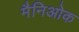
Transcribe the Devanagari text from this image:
मैनिओक